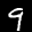
Label: 9